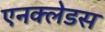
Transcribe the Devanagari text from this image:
एनक्लेडस